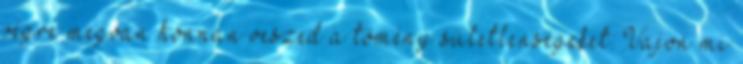
végre megvan honnan veszed a tömény sületlenségeket: Vajon mi